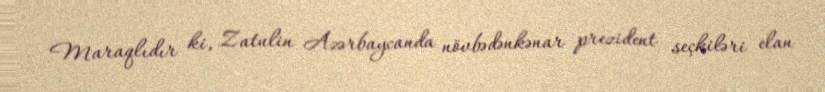
Maraqlıdır ki, Zatulin Azərbaycanda növbədənkənar prezident seçkiləri elan